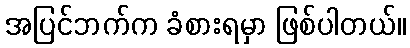
အပြင်ဘက်က ခံစားရမှာ ဖြစ်ပါတယ်။